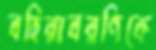
বহিরাবরণিকে